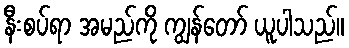
နီးစပ်ရာ အမည်ကို ကျွန်တော် ယူပါသည်။